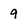
Character: 9